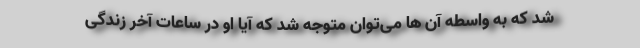
شد که به واسطه آن ها می‌توان متوجه شد که آیا او در ساعات آخر زندگی